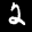
Label: 2